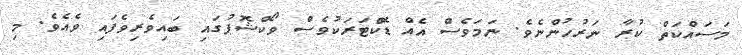
މަސައްކަތް ކުރާ ނަރުހުންނެވެ. ނަމަވެސް އެއް ޑޮކްޓަރަކުވެސް ވޯކްޝޮޕުުގައި ބައިވެރިވެފައި ވެއެވެ. މި